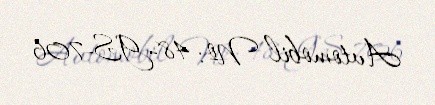
Avtomobil №: 48-GS-706